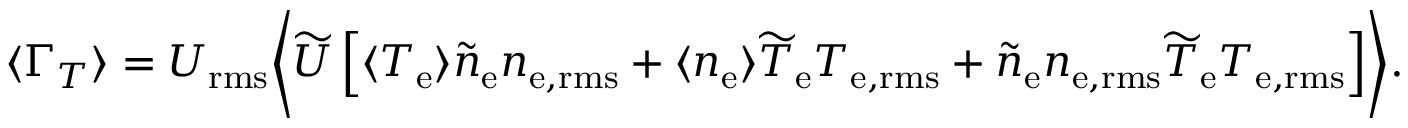
\ensuremath { \langle \Gamma _ { T } \rangle } = U _ { \mathrm { r m s } } \biggl \langle \widetilde { U } \left[ \langle { \ensuremath { T _ { \mathrm { e } } } } \rangle \widetilde { n } _ { \mathrm { e } } n _ { \mathrm { e , r m s } } + \langle { \ensuremath { n _ { \mathrm { e } } } } \rangle \widetilde { T } _ { \mathrm { e } } T _ { \mathrm { e , r m s } } + \widetilde { n } _ { \mathrm { e } } n _ { \mathrm { e , r m s } } \widetilde { T } _ { \mathrm { e } } T _ { \mathrm { e , r m s } } \right] \biggr \rangle .